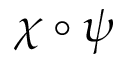
\chi \circ \psi